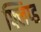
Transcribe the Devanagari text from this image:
फ्लिप्ड